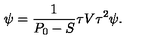
\psi = { \frac { 1 } { P _ { 0 } - S } } \tau V \tau ^ { 2 } \psi .